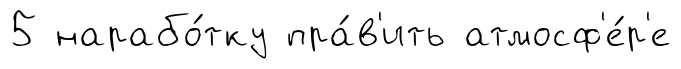
5 нарабо́тку пра́в'ить атмосф'е́р'е